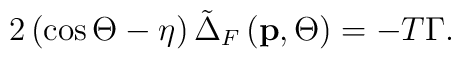
2\left( \cos \Theta -\eta \right) \tilde{\Delta}_F\left( \mathbf{p},\Theta\right) =-T\Gamma .